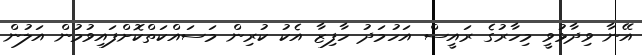
އޭނާ ވިދާޅުވީ މިހާރުގެ ރައީސް އަހުމަދު ހާފިޒާ އެކު ކުރިން މަސައްކަތްކޮށްފައިވުމުން އަލުން